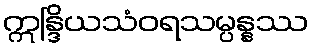
ဣန္ဒြိယသံဝရသမ္ပန္နဿ